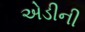
એડીની